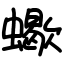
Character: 蠍